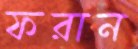
ফরান